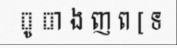
ូ ា ង ញ ព [ ទ